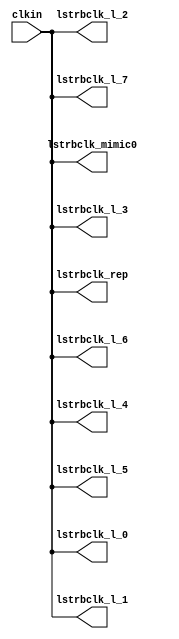
// This program was cloned from: https://github.com/chipsalliance/aib-phy-hardware
// License: Apache License 2.0

// SPDX-License-Identifier: Apache-2.0
// Copyright (C) 2019 Intel Corporation. 
//------------------------------------------------------------------------
// Copyright (c) 2012 Altera Corporation. .
//
//------------------------------------------------------------------------
//------------------------------------------------------------------------
// Description: skew-matched clock distribution network
//------------------------------------------------------------------------

module aibcr3_clktree_avmm_mimic 
#(
parameter SKEW_DELAY     = 60   //min:20ps; typ :60ps; max:100ps
)
(
   input  wire         clkin,                   //clock source
   output wire 	       lstrbclk_l_0, 	        //buffered clock
   output wire         lstrbclk_l_1,            //buffered clock
   output wire         lstrbclk_l_2,            //buffered clock
   output wire         lstrbclk_l_3,            //buffered clock
   output wire         lstrbclk_l_4,            //buffered clock
   output wire         lstrbclk_l_5,            //buffered clock
   output wire         lstrbclk_l_6,            //buffered clock
   output wire         lstrbclk_l_7,            //buffered clock
   output wire         lstrbclk_rep, 	        //replica for DLL
   output wire         lstrbclk_mimic0         //mimic path for load matching
);

`ifdef TIMESCALE_EN
  timeunit 1ps;
  timeprecision 1ps;
`endif
  
                assign #SKEW_DELAY lstrbclk_l_0 = clkin;
                assign #SKEW_DELAY lstrbclk_l_1 = clkin;
                assign #SKEW_DELAY lstrbclk_l_2 = clkin;
                assign #SKEW_DELAY lstrbclk_l_3 = clkin;
                assign #SKEW_DELAY lstrbclk_l_4 = clkin;
                assign #SKEW_DELAY lstrbclk_l_5 = clkin;
                assign #SKEW_DELAY lstrbclk_l_6 = clkin;
                assign #SKEW_DELAY lstrbclk_l_7 = clkin;
                assign #SKEW_DELAY lstrbclk_rep = clkin;
                assign #SKEW_DELAY lstrbclk_mimic0 = clkin;

endmodule // aibcr_clktree_avmm_mimic